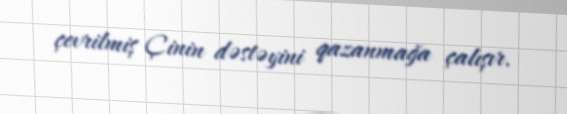
çevrilmiş Çinin dəstəyini qazanmağa çalışır.